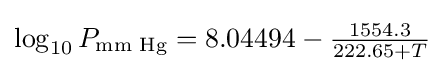
\log _{10}P_{\text{mm Hg}}=8.04494-{\tfrac {1554.3}{222.65+T}}